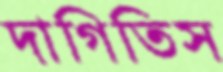
দাগিতিস